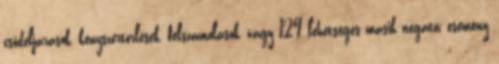
csődeljárások, kényszertörlések, felszámolások, vagy 124 lehetséges másik negatív esemény